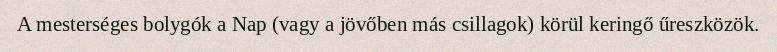
A mesterséges bolygók a Nap (vagy a jövőben más csillagok) körül keringő űreszközök.